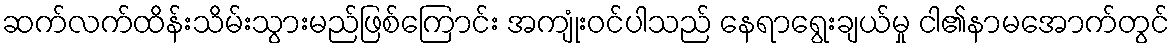
ဆက်လက်ထိန်းသိမ်းသွားမည်ဖြစ်ကြောင်း အကျုံးဝင်ပါသည် နေရာရွေးချယ်မှု ငါ၏နာမအောက်တွင်